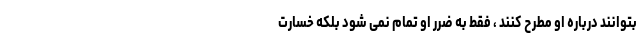
بتوانند درباره او مطرح کنند ، فقط به ضرر او تمام نمی شود بلکه خسارت